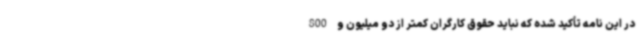
در این نامه تأکید شده که نباید حقوق کارگران کمتر از دو میلیون و 800